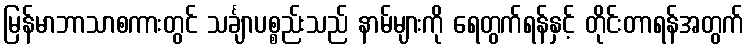
မြန်မာဘာသာစကားတွင် သင်္ချာပစ္စည်းသည် နာမ်များကို ရေတွက်ရန်နှင့် တိုင်းတာရန်အတွက်